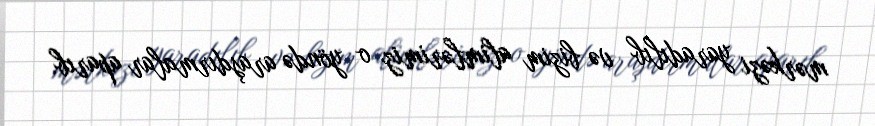
mərkəzi yaradılıb və bizim alimlərimiz o yöndə araşdırmalar aparıb.